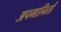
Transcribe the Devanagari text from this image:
अपमानितों